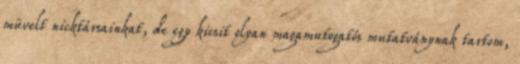
müvelt nicktársainkat, de egy kicsit olyan magamutogatós mutatványnak tartom,